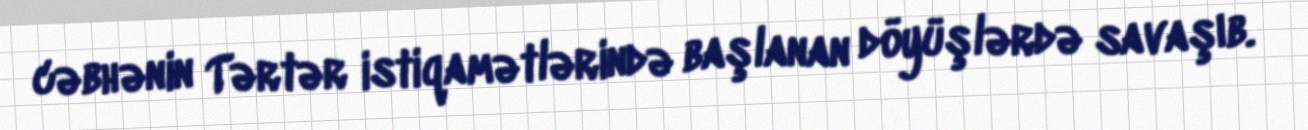
cəbhənin Tərtər istiqamətlərində başlanan döyüşlərdə savaşıb.